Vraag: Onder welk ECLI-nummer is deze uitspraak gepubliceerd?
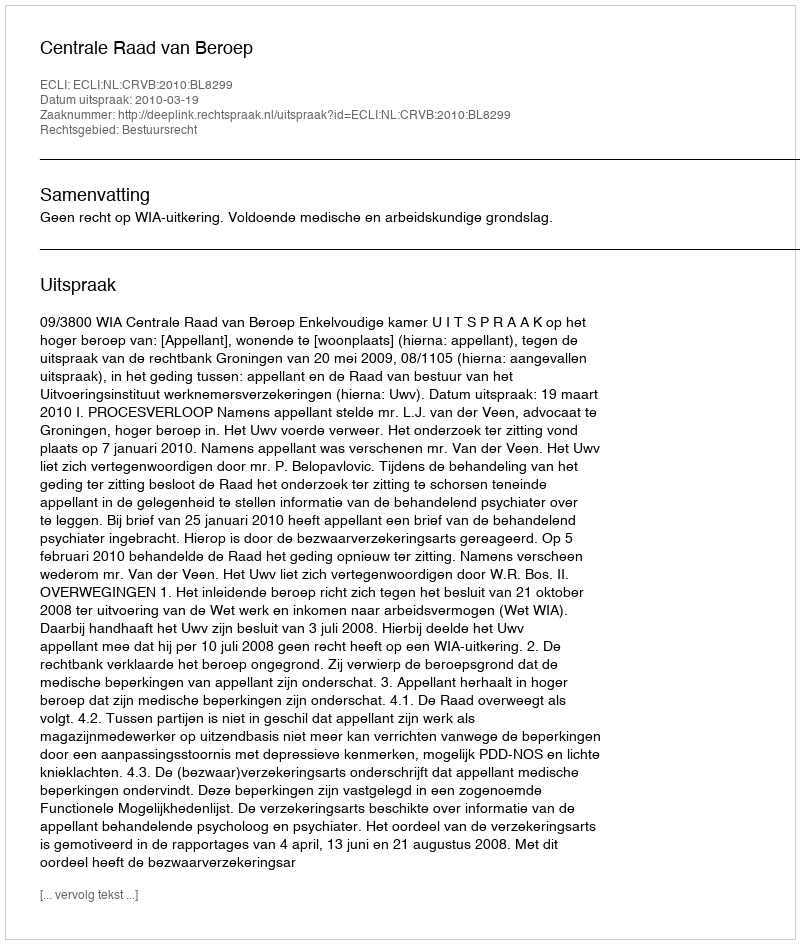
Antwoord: ECLI:NL:CRVB:2010:BL8299